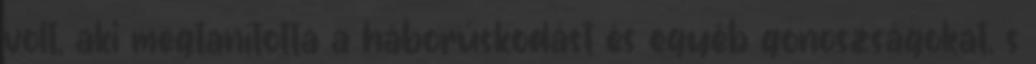
volt, aki megtanította a háborúskodást és egyéb gonoszságokat, s